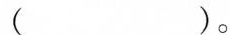
（）。